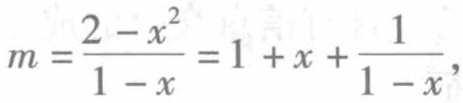
$m=\frac{2 - x^{2}}{1 - x}=1 + x+\frac{1}{1 - x},$